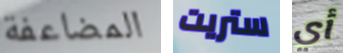
المضاعفة ستريت أي